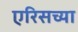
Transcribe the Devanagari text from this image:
एरिसच्या